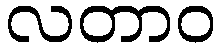
လတာဝ